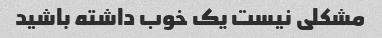
مشکلی نیست یک خوب داشته باشید